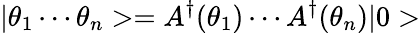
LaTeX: |\theta_{1}\cdots\theta_{n}>=A^{\dagger}(\theta_{1})\cdots A^{\dagger}(\theta_{n})|0>